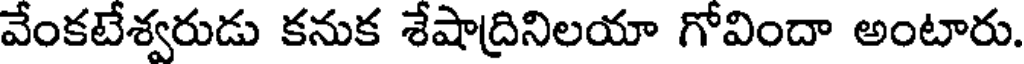
వేంకటేశ్వరుడు కనుక శేషాద్రినిలయా గోవిందా అంటారు.